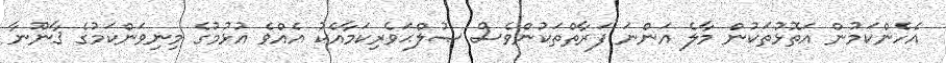
އެހެންކަމުން އަތޮޅުތަކުން މާލެ އަންނަ ފަރާތްތަކުންވެސް ޞުލްޙަވެރިކަމާއެކު އެއްވެ އުޅުމުގެ މިނިވަންކަމުގެ ޤާނޫނާ